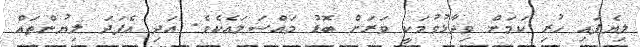
ލިޔެފައި ހުރި ކަމަށް ވިދާޅުވުމަކީ ވަރަށް ބޮޑު މައްސަލައެކެވެ. އަދި އެފަދަ ލިޔުންތައް